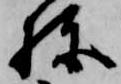
棟